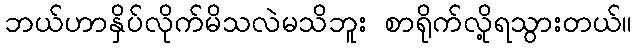
ဘယ်ဟာနှိပ်လိုက်မိသလဲမသိဘူး စာရိုက်လို့ရသွားတယ်။